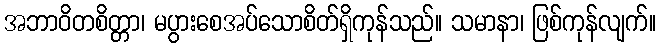
အဘာဝိတစိတ္တာ၊ မပွားစေအပ်သောစိတ်ရှိကုန်သည်။ သမာနာ၊ ဖြစ်ကုန်လျက်။